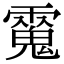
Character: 𩳮